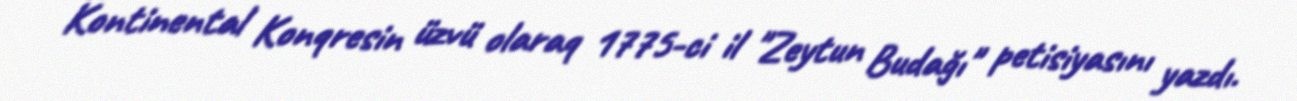
Kontinental Konqresin üzvü olaraq 1775-ci il "Zeytun Budağı" petisiyasını yazdı.